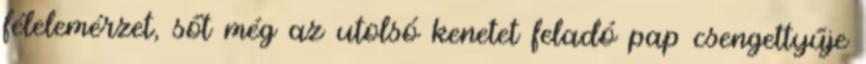
félelemérzet, sőt még az utolsó kenetet feladó pap csengettyűje